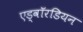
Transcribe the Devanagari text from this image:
एड्वॉरडियन